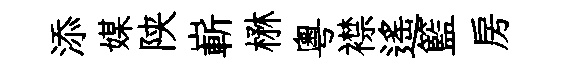
添媒陕嶄楙粵襟遙籃房